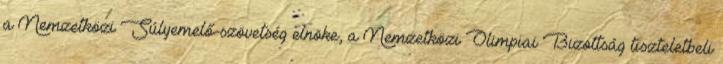
a Nemzetközi Súlyemelő-szövetség elnöke, a Nemzetközi Olimpiai Bizottság tiszteletbeli